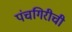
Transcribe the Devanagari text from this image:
पंचगिरीची